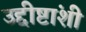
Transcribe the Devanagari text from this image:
उद्दीष्टांशी